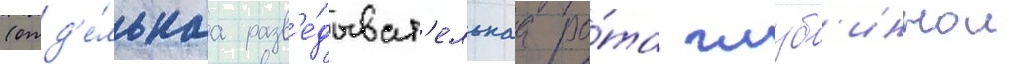
(отд'е́льнаа разв'е́дыват'ельнаа ро́та глуб'иннои